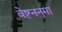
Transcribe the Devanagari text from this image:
वेष्टननुमा